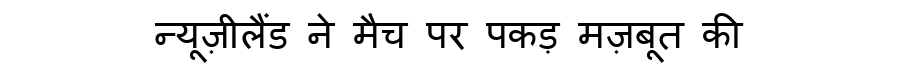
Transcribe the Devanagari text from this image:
न्यूज़ीलैंड ने मैच पर पकड़ मज़बूत की